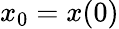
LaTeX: x_{0}=x(0)